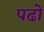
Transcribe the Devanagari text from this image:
पढो